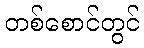
တစ်စောင်တွင်